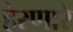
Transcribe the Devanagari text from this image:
हेरणारे